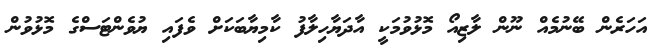
އަހަރެން ބޭނުމެއް ނޫން ލާޒިއޯ މޮޅުވުމަކީ އާދަޔާހިލާފު ކާމިޔާބަކަށް ވެފައި ޔުވެންޓަސްގެ މޮޅުވުން